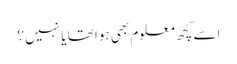
اسے کچھ معلوم بھی ہوا تھا یا نہیں ؟